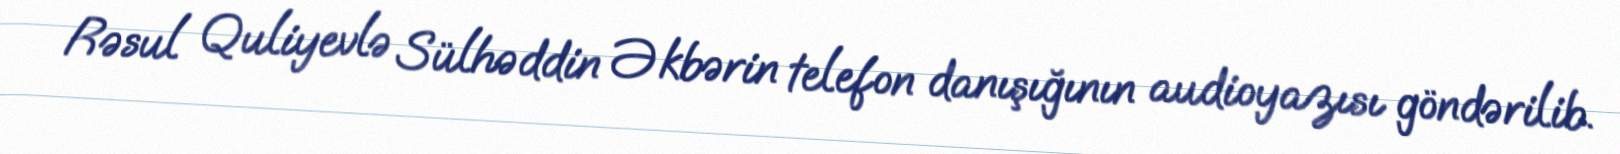
Rəsul Quliyevlə Sülhəddin Əkbərin telefon danışığının audioyazısı göndərilib.